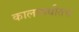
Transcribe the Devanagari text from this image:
कालावधीतच